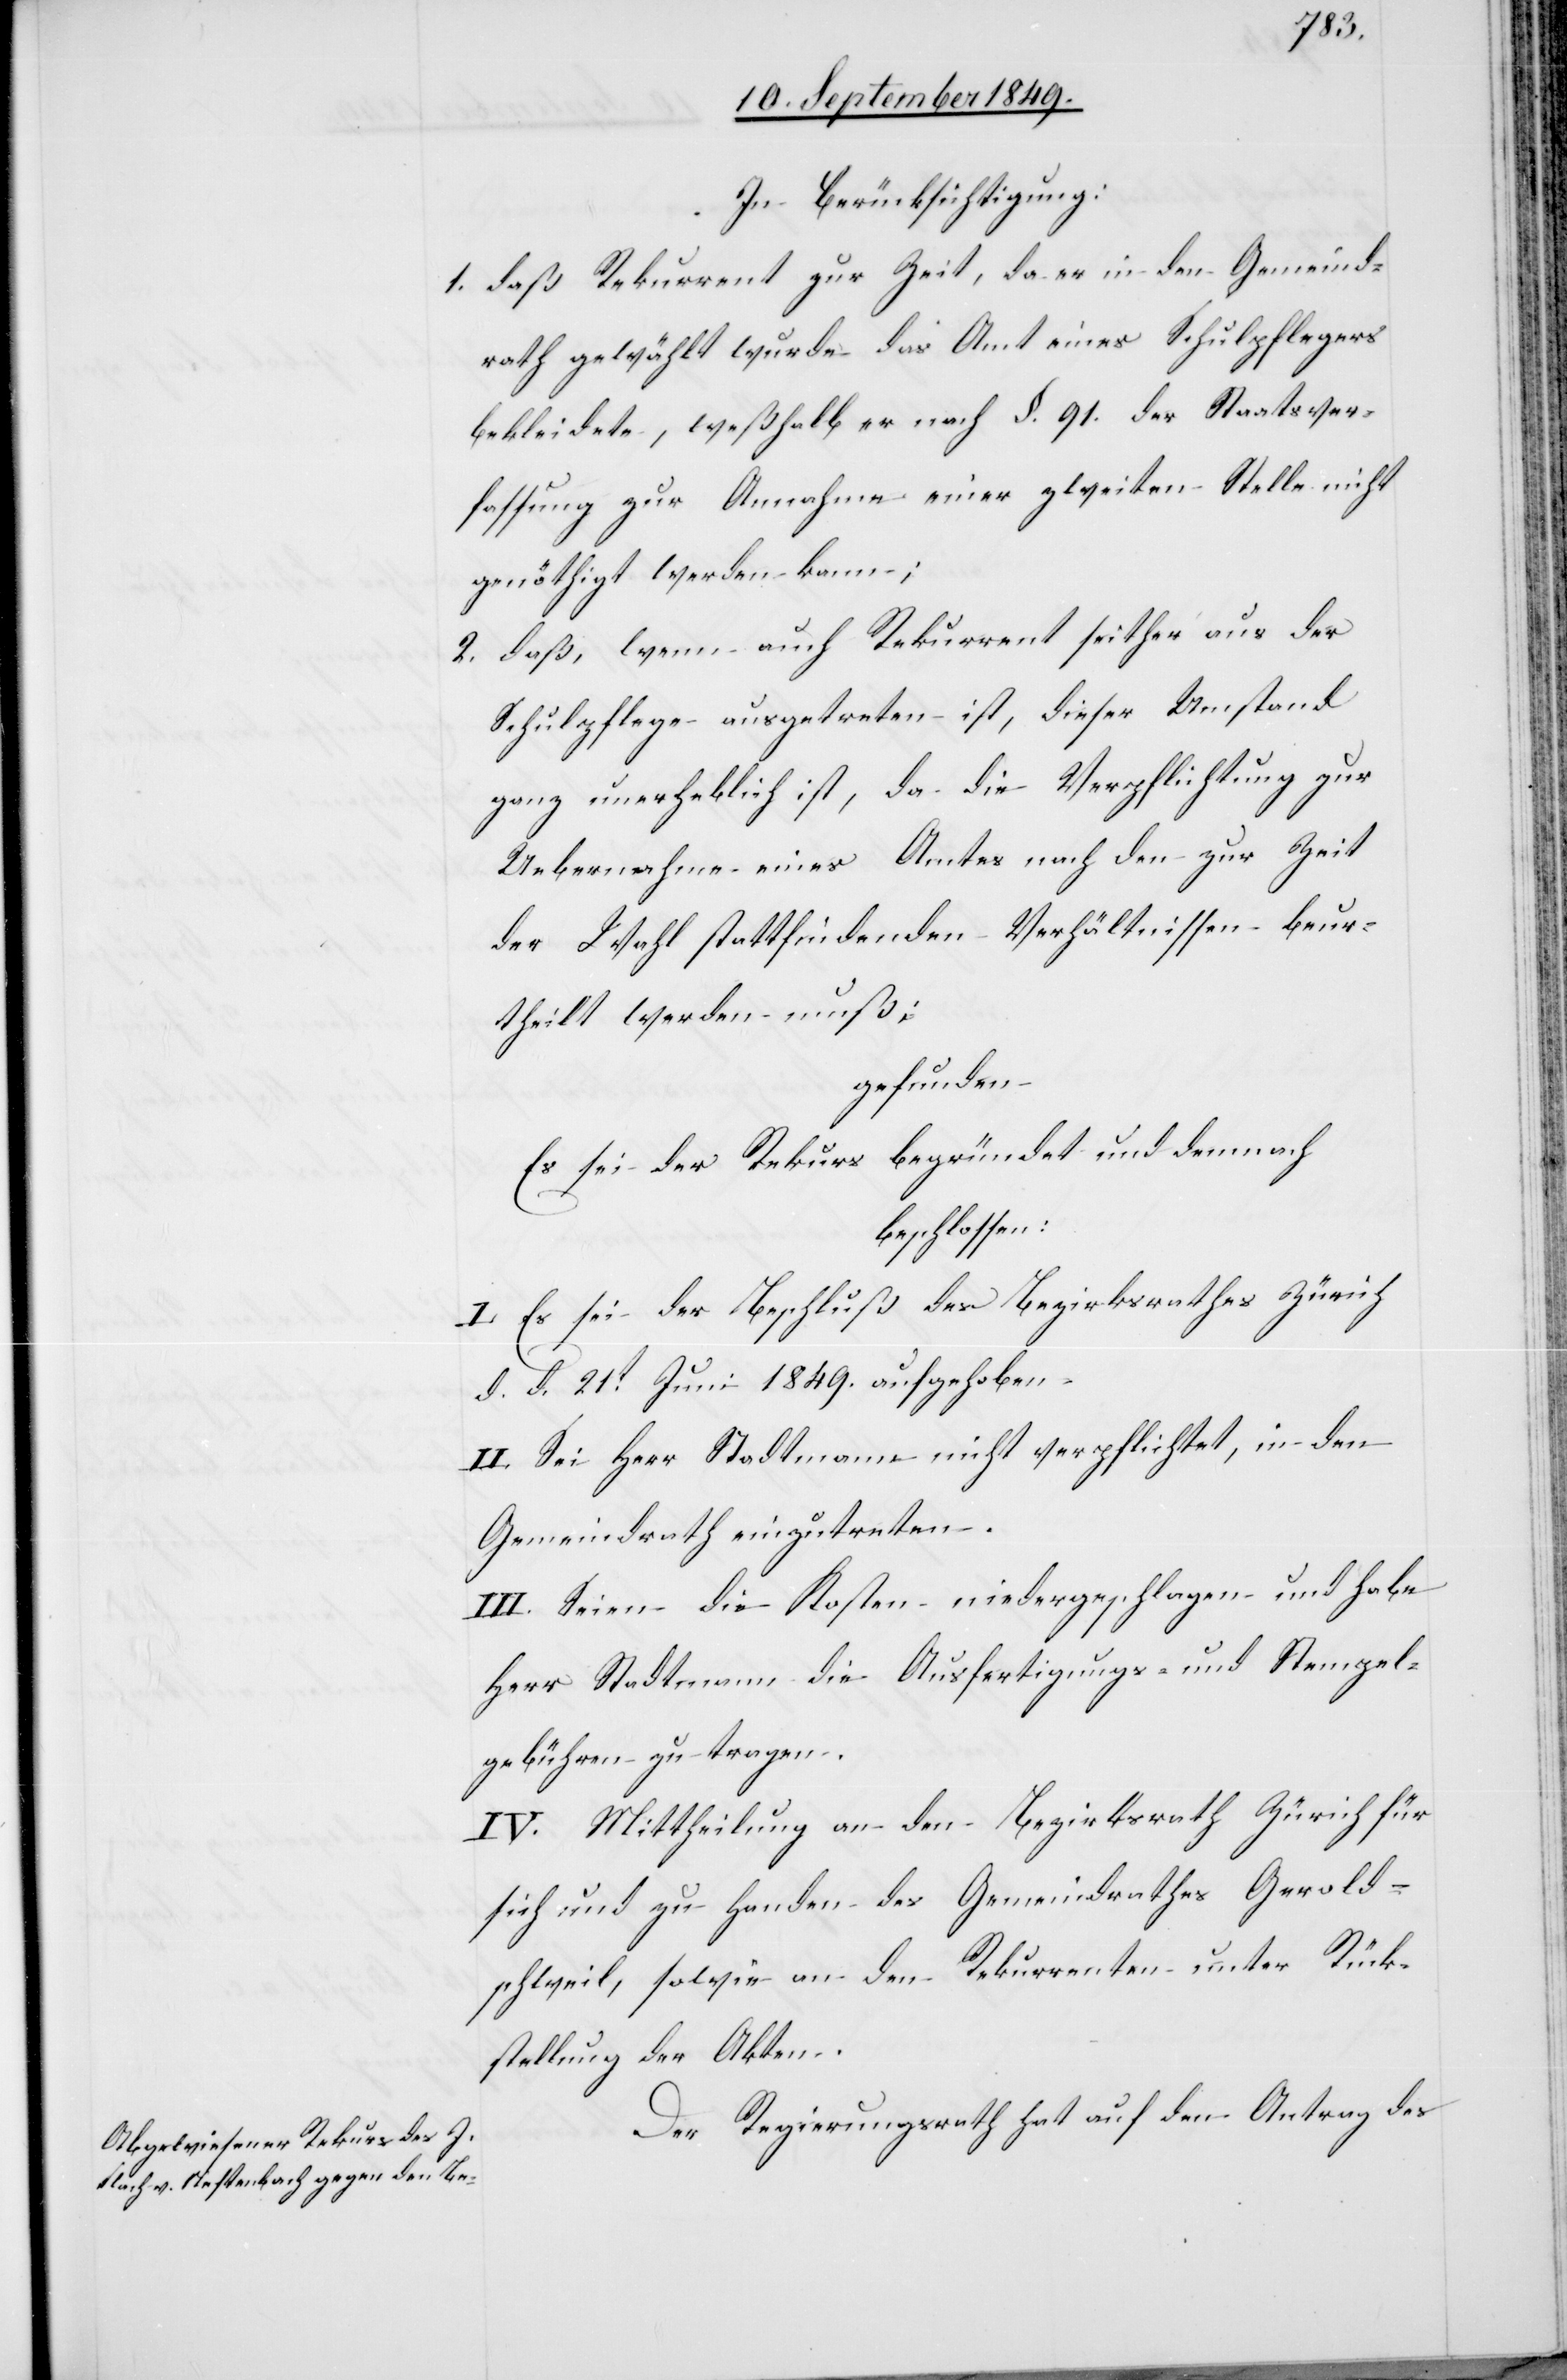
In Berücksichtigung:
1. daß Rekurrent zur Zeit, da er in den Gemeind¬
rath gewählt wurde das Amt eines Schulpflegers
bekleidete, weßhalb er nach §. 91. der Staatsver¬
fassung zur Annahme einer zweiten Stelle nicht
genöthigt werden kann;
2. daß, wenn auch Rekurrent seither aus der
Schulpflege ausgetreten ist, dieser Umstand
ganz unerheblich ist, da die Verpflichtung zur
Uebernahme eines Amtes nach den zur Zeit
der Wahl stattfindenden Verhältnissen beur¬
theilt werden muß;
gefunden
Es sei der Rekurs begründet und demnach
beschlossen:
I. Es sei der Beschluß des Bezirksrathes Zürich
d. d. 21t Juni 1849. aufgehoben.
II. Sei Herr Stadtmann nicht verpflichtet, in den
Gemeindrath einzutreten.
III. Seien die Kosten niedergeschlagen und habe
Herr Stadtmann die Ausfertigungs- und Stempel¬
gebühren zu tragen.
IV. Mittheilung an den Bezirksrath Zürich für
sich und zu Handen des Gemeindrathes Gerold¬
schweil, sowie an den Rekurrenten unter Rück¬
stellung der Akten.
Der Regierungsrath hat auf den Antrag des